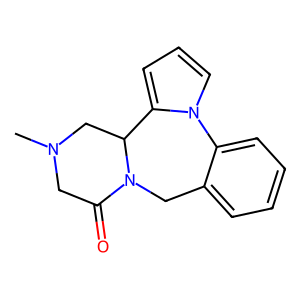
SMILES: CN1CC(=O)N2Cc3ccccc3-n3cccc3C2C1
Inhibits HIV replication: No